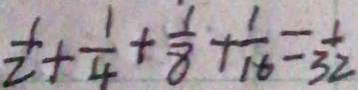
\frac { 1 } { 2 } + \frac { 1 } { 4 } + \frac { 1 } { 8 } + \frac { 1 } { 1 6 } = \frac { 1 } { 3 2 }